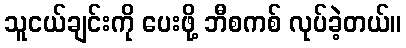
သူငယ်ချင်းကို ပေးဖို့ ဘီစကစ် လုပ်ခဲ့တယ်။